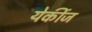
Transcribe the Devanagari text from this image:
येर्कीज